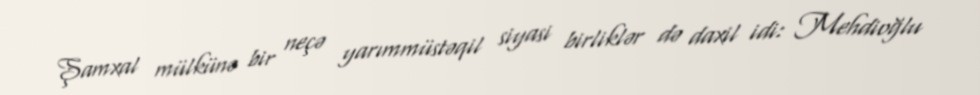
Şamxal mülkünə bir neçə yarımmüstəqil siyasi birliklər də daxil idi: Mehdioğlu